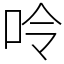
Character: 呤